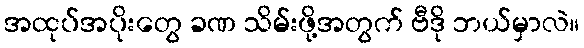
အထုပ်အပိုးတွေ ခဏ သိမ်းဖို့အတွက် ဗီဒို ဘယ်မှာလဲ။